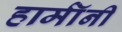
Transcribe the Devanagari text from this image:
हार्मॉनी